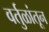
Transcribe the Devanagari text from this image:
वर्तुळांतून